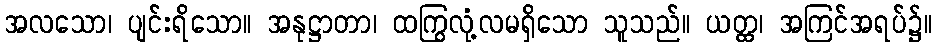
အလသော၊ ပျင်းရိသော။ အနုဋ္ဌာတာ၊ ထကြွလုံ့လမရှိသော သူသည်။ ယတ္ထ၊ အကြင်အရပ်၌။